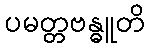
ပမတ္တဗန္ဓူတိ